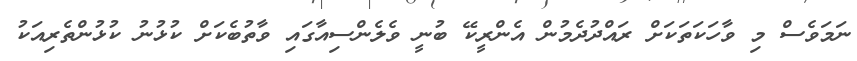
ނަމަވެސް މި ވާހަކަތަކަށް ރައްދުދެމުން އެންރީކޭ ބުނީ ވެލެންސިއާގައި ވާތުބެކަށް ކުޅުނު ކުޅުންތެރިއަކު